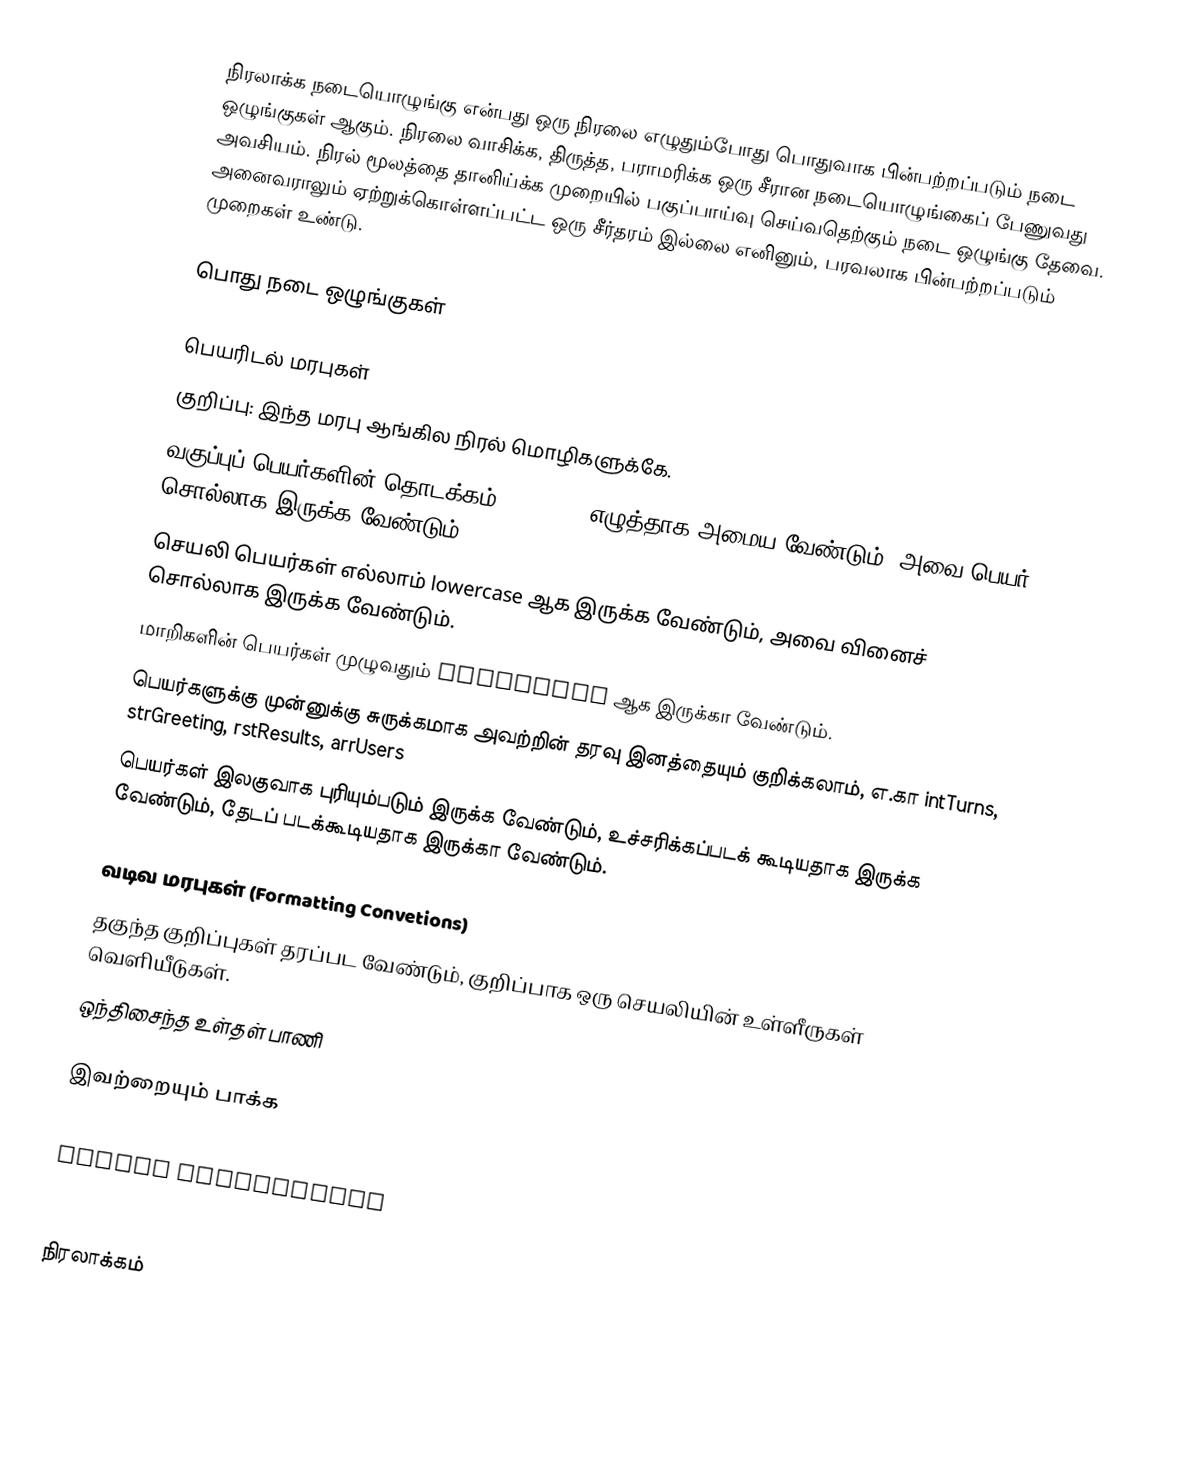
நிரலாக்க நடையொழுங்கு என்பது ஒரு நிரலை எழுதும்போது பொதுவாக பின்பற்றப்படும் நடை ஒழுங்குகள் ஆகும்.  நிரலை வாசிக்க, திருத்த, பராமரிக்க ஒரு சீரான நடையொழுங்கைப் பேணுவது அவசியம்.  நிரல் மூலத்தை தானிய்க்க முறையில் பகுப்பாய்வு செய்வதெற்கும் நடை ஒழுங்கு தேவை.  அனைவராலும் ஏற்றுக்கொள்ளப்பட்ட ஒரு சீர்தரம் இல்லை எனினும், பரவலாக பின்பற்றப்படும் முறைகள் உண்டு.

பொது நடை ஒழுங்குகள்

பெயரிடல் மரபுகள்
குறிப்பு: இந்த மரபு ஆங்கில நிரல் மொழிகளுக்கே.
 வகுப்புப் பெயர்களின் தொடக்கம் uppercase எழுத்தாக அமைய வேண்டும், அவை பெயர் சொல்லாக இருக்க வேண்டும்.
 செயலி பெயர்கள் எல்லாம் lowercase ஆக இருக்க வேண்டும், அவை வினைச் சொல்லாக இருக்க வேண்டும்.
 மாறிகளின் பெயர்கள் முழுவதும் UPPERCASE ஆக இருக்கா வேண்டும்.
 பெயர்களுக்கு முன்னுக்கு சுருக்கமாக அவற்றின் தரவு இனத்தையும் குறிக்கலாம், எ.கா intTurns, strGreeting, rstResults, arrUsers
 பெயர்கள் இலகுவாக புரியும்படும் இருக்க வேண்டும், உச்சரிக்கப்படக் கூடியதாக இருக்க வேண்டும், தேடப் படக்கூடியதாக இருக்கா வேண்டும்.

வடிவ மரபுகள் (Formatting Convetions)
 தகுந்த குறிப்புகள் தரப்பட வேண்டும், குறிப்பாக ஒரு செயலியின் உள்ளீருகள் வெளியீடுகள்.
 ஒந்திசைந்த உள்தள் பாணி

இவற்றையும் பாக்க
:en:programming style.
 naming conventions
:en:Indent style

நிரலாக்கம்